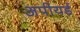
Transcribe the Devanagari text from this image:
अपीयर्ड